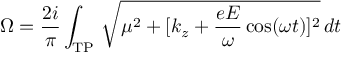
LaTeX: \Omega = \frac { 2 i } { \pi } \int _ { \mathrm { T P } } \, \sqrt { \mu ^ { 2 } + [ k _ { z } + \frac { e E } { \omega } \cos ( \omega t ) ] ^ { 2 } } \, d t